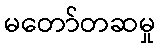
မတော်တဆမှု